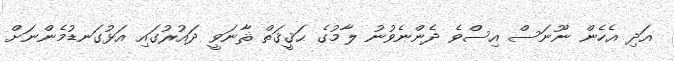
އަދި އެހެން ނޫނަސް އިސްވެ ދެންނެވުނު ލާމުގެ ޙަޤީޤަތް ޘާނަވީ ދައުރުގައި އަޅުގަނޑުމެންނަށް